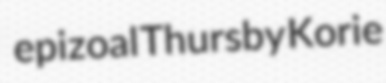
epizoal Thursby Korie